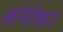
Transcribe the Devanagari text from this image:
कॉनीफर